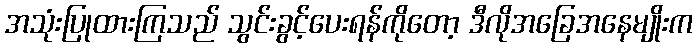
အသုံးပြုထားကြသည် သွင်းခွင့်ပေးရန်ကိုတော့ ဒီလိုအခြေအနေမျိုးက